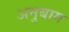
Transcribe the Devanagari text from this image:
अनुबाग